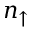
n _ { \uparrow }